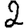
Digit: 2